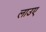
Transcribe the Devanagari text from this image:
लाउए